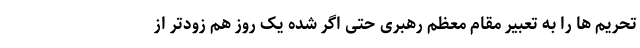
تحریم ها را به تعبیر مقام معظم رهبری حتی اگر شده یک روز هم زودتر از